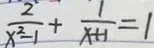
\frac { 2 } { x ^ { 2 } - 1 } + \frac { 1 } { x + 1 } = 1